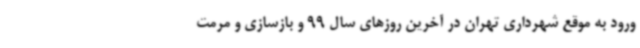
ورود به موقع شهرداری تهران در آخرین روزهای سال 99 و بازسازی و مرمت